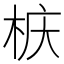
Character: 𮲲